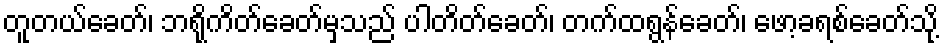
တူတယ်ခေတ်၊ ဘရိုကိတ်ခေတ်မှသည် ပါတိတ်ခေတ်၊ တက်ထရွန်ခေတ်၊ ဖော့ခရစ်ခေတ်သို့